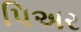
પિઅર